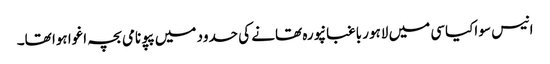
انیس سو اکیاسی میں لاہور باغبانپورہ تھانے کی حدود میں پپو نامی بچہ اغوا ہوا تھا۔